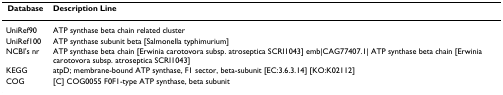
<table><thead><tr><td><b>Database</b></td><td><b>Description Line</b></td></tr></thead><tbody><tr><td>UniRef90</td><td>ATP synthase beta chain related cluster</td></tr><tr><td>UniRef100</td><td>ATP synthase subunit beta [Salmonella typhimurium]</td></tr><tr><td>NCBI&#x27;s nr</td><td>ATP synthase beta chain [Erwinia carotovora subsp. atroseptica SCRI1043] emb|CAG77407.1| ATP synthase beta chain [Erwinia carotovora subsp. atroseptica SCRI1043]</td></tr><tr><td>KEGG</td><td>atpD; membrane-bound ATP synthase, F1 sector, beta-subunit [EC:3.6.3.14] [KO:K02112]</td></tr><tr><td>COG</td><td>[C] COG0055 F0F1-type ATP synthase, beta subunit</td></tr></tbody></table>